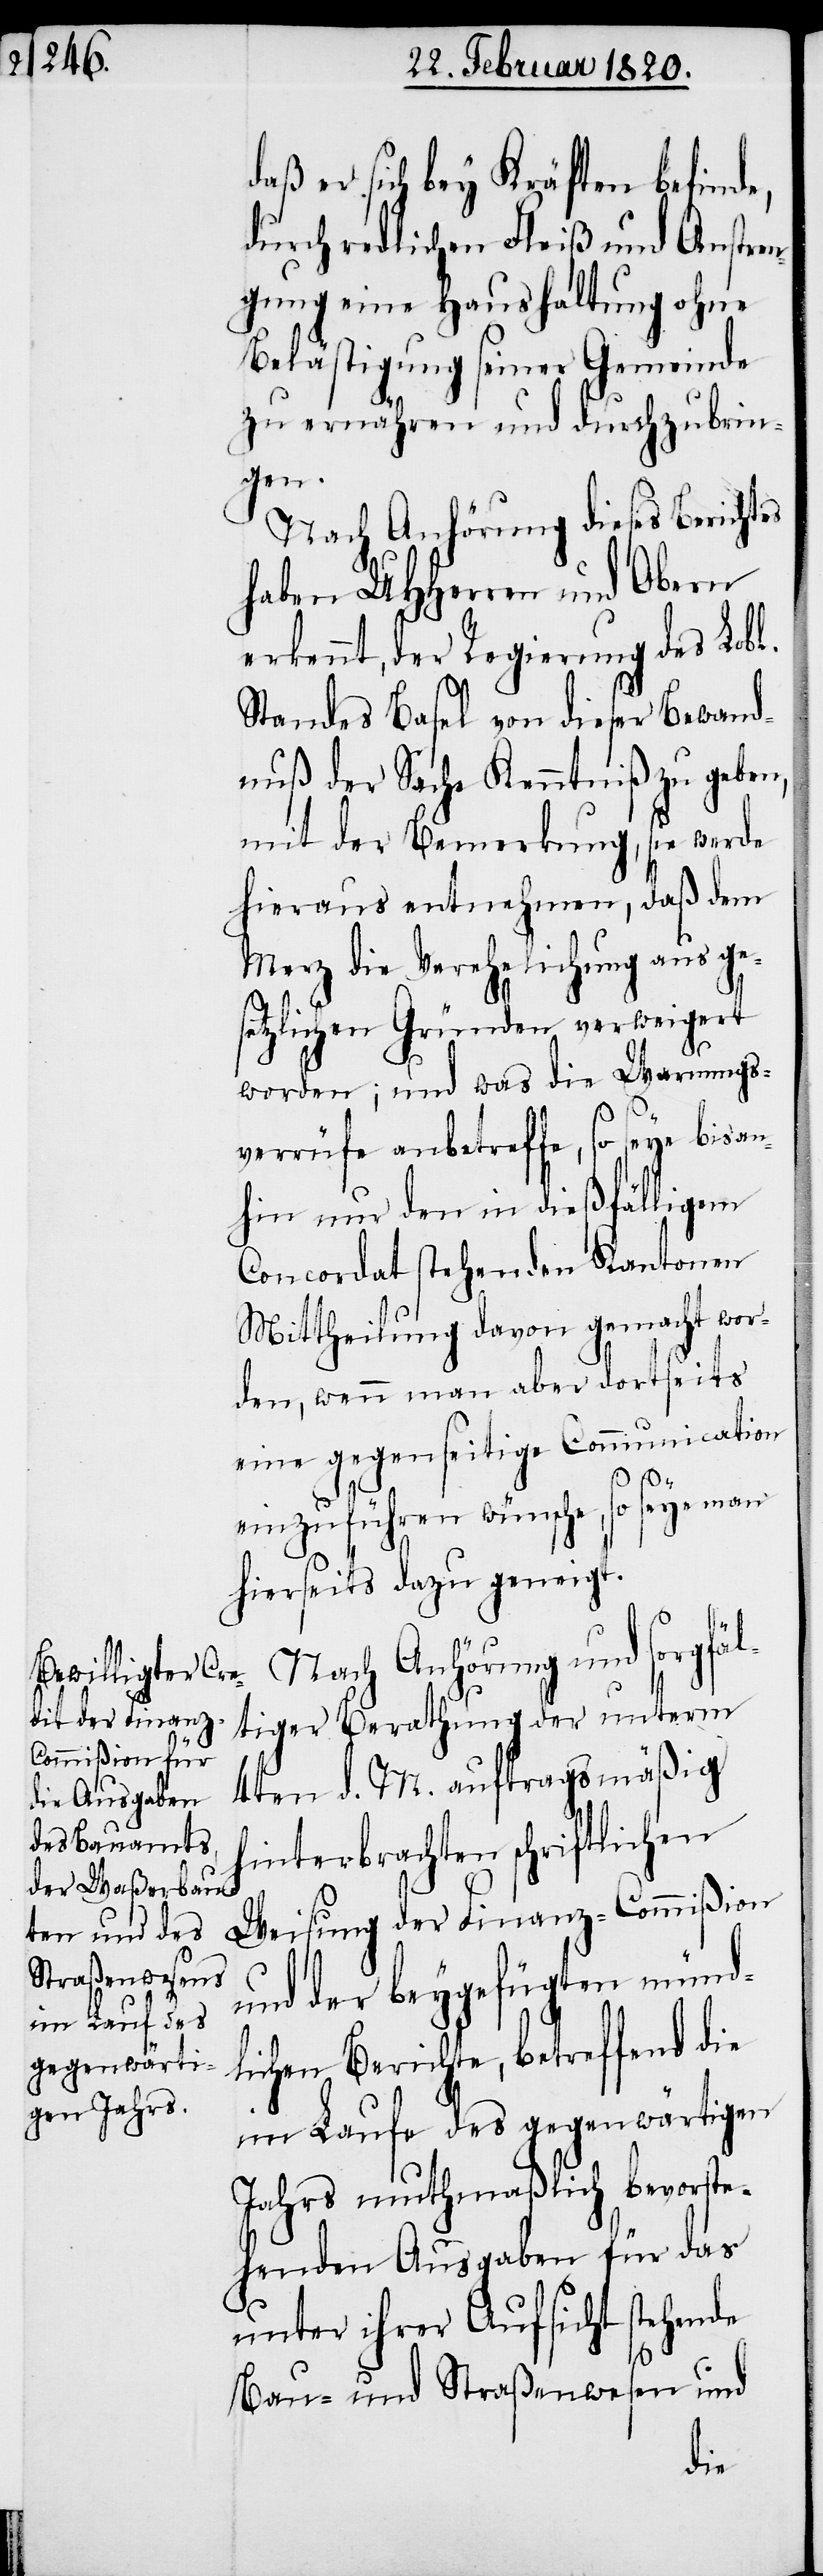
daß er sich bey Kräften befinde,
durch redlichen Fleiß und Anstre¬
ngung eine Haushaltung ohne
Belästigung seiner Gemeinde
zu ernähren und durchzubrin¬
gen.
Nach Anhörung dieses Berichtes
haben UHHerren und Obern
erkennt, der Regierung des Lobl.
Standes Basel von dieser Bewand¬
nuß der Sache Kenntniß zu geben,
mit der Bemerkung, sie werde
hieraus entnehmen, daß dem
Merz die Verehelichung aus ge¬
setzlichen Gründen verweigert
worden; und was die Warnungs¬
verrüfe anbetreffe, so seye bisan¬
hin nur den in dießfälligem
Concordat stehenden Kantonen
Mittheilung davon gemacht wor¬
den, wenn man aber dortseits
eine gegenseitige Communication
einzuführen wünsche, so seye man
hierseits dazu geneigt.
Nach Anhörung und sorgfäl¬
tiger Berathung der unterm
4ten d. M. auftragsmäßig
hinterbrachten schriftlichen
Weisung der Finanz-Commißion
und der beygefügten münd¬
lichen Berichte, betreffend die
im Laufe des gegenwärtigen
Jahrs muthmaßlich bevorste¬
henden Ausgaben für das
unter ihrer Aufsicht stehende
Bau- und Straßenwesen und